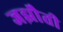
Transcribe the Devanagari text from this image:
जझौती